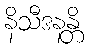
နိသီဒနန္တိ